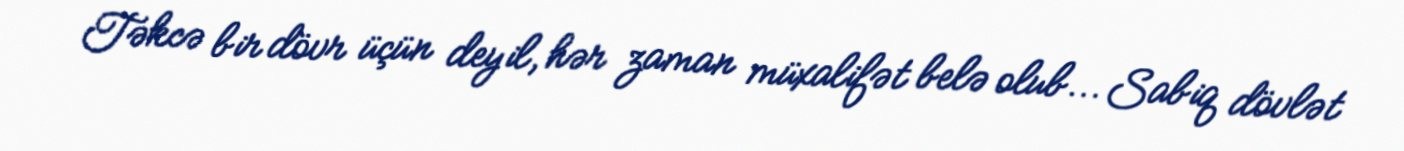
Təkcə bir dövr üçün deyil, hər zaman müxalifət belə olub... Sabiq dövlət